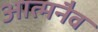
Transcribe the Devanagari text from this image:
आत्मनैव